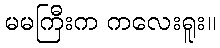
မမကြီးက ကလေးရူး။